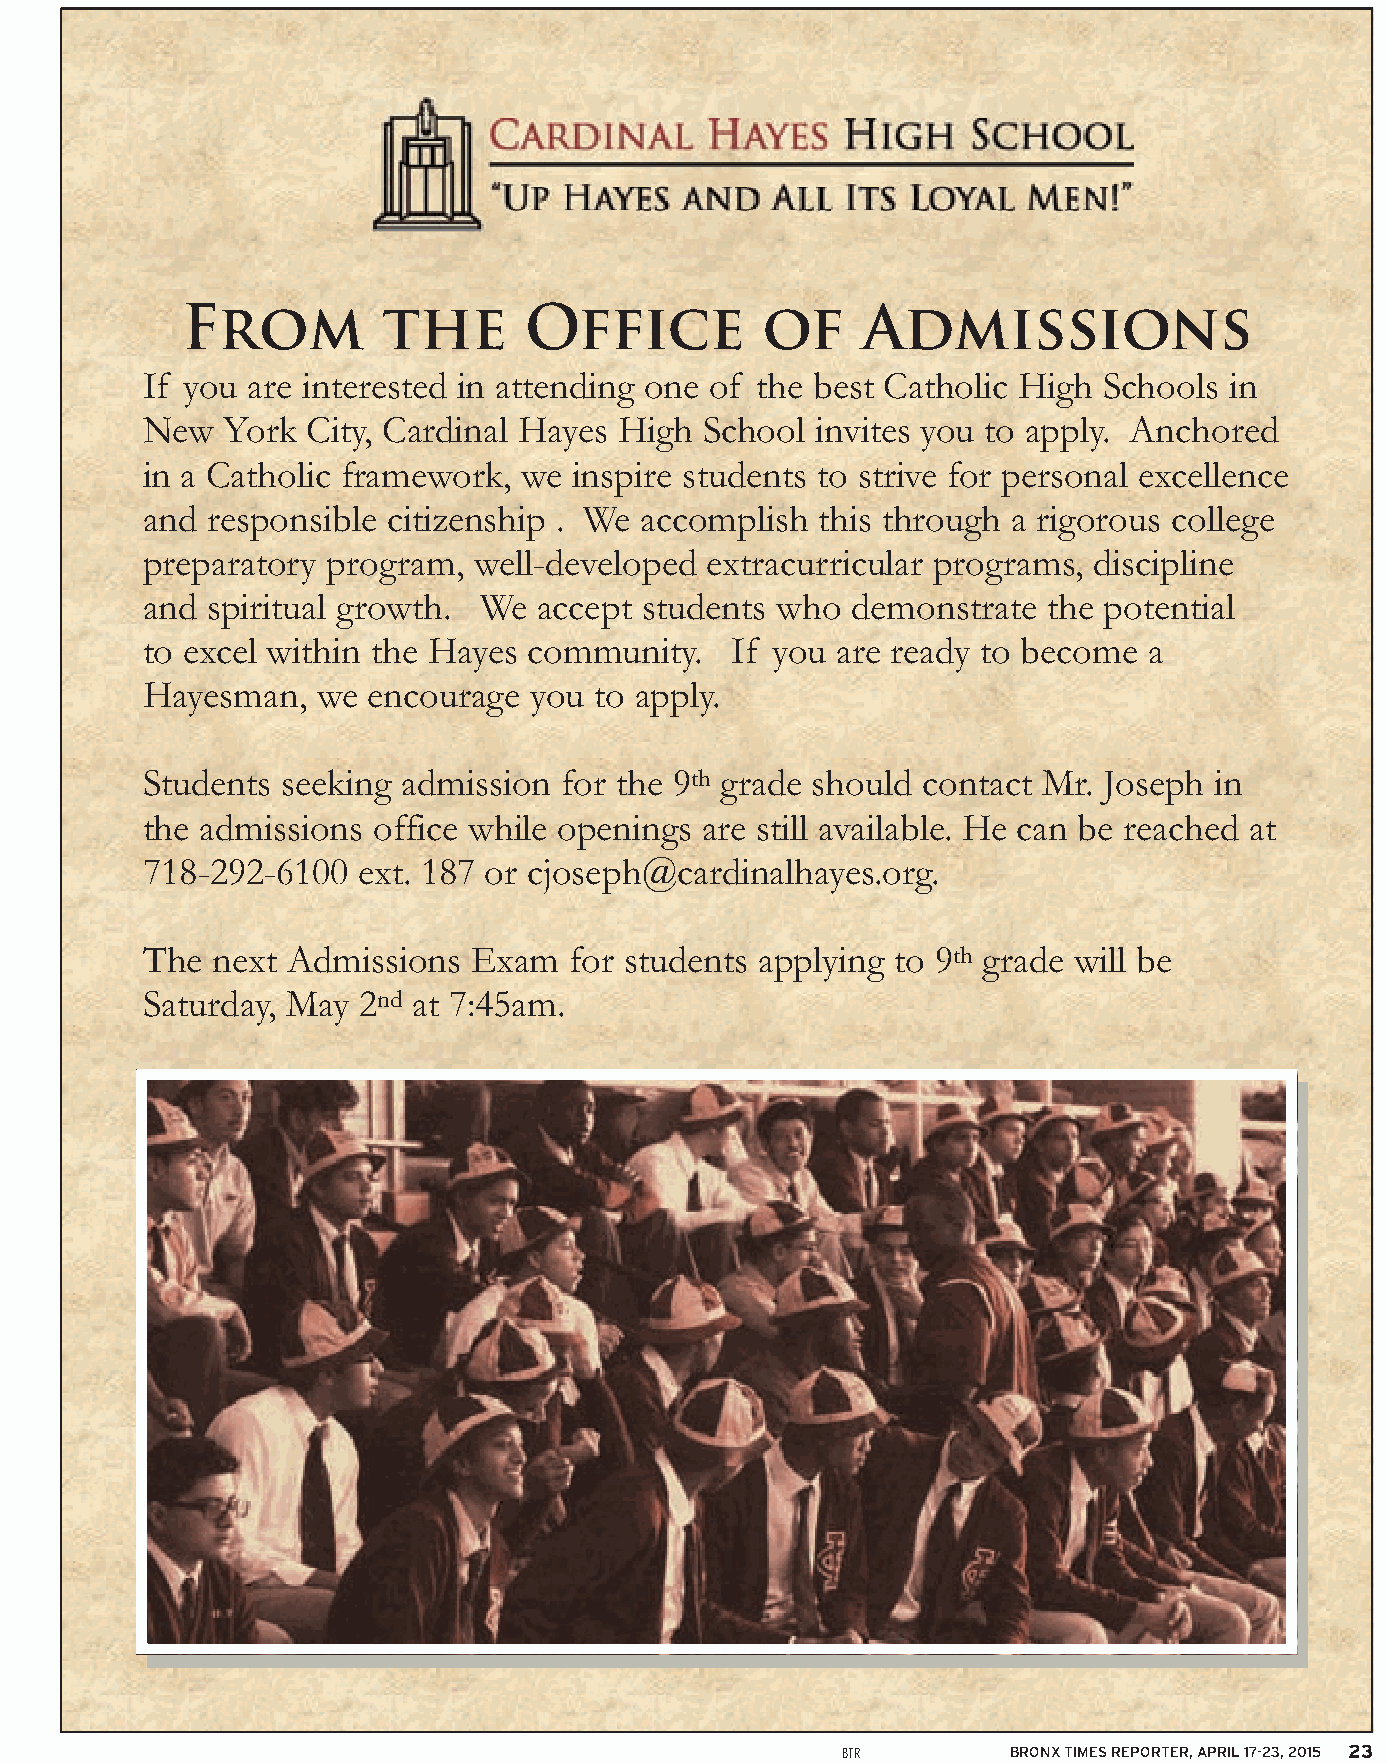
From         the       Office         of     Admissions
 If you are interested in attending one of the best Catholic High Schools in
 New   York City, Cardinal Hayes High  School invites you to apply. Anchored
 in a Catholic framework,  we inspire students to strive for personal excellence
 and  responsible citizenship . We accomplish this through a rigorous college
 preparatory  program, well-developed  extracurricular programs, discipline
 and  spiritual growth. We  accept students who demonstrate  the potential
 to excel within the Hayes community.   If you are ready to become  a
 Hayesman,   we encourage  you to apply.
 Students  seeking admission for the 9th grade should contact Mr. Joseph in
 the admissions  office while openings are still available. He can be reached at
 718-292-6100   ext. 187 or cjoseph@cardinalhayes.org.
 The  next Admissions  Exam   for students applying to 9th grade will be
 Saturday, May  2nd at 7:45am.
 BTR        BRONX TIMES REPORTER, APRIL 17-23, 2015 23